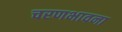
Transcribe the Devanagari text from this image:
चरणभावना